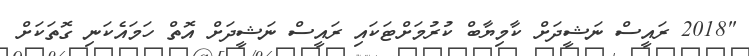
"2018 ރައީސް ނަޝީދަށް ކާމިޔާބް ކުރުމަށްޓަކައި ރައީސް ނަޝީދަށް އޮތް ހަމައެކަނި ގޮތަކަށް